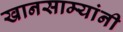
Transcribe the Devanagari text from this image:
खानसाम्यांनी